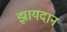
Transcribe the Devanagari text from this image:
झायदान